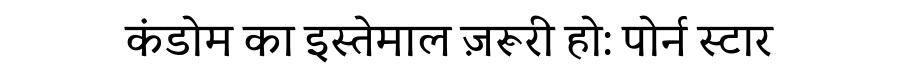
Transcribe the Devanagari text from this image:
कंडोम का इस्तेमाल ज़रूरी हो: पोर्न स्टार